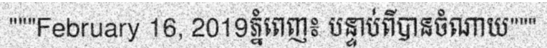
"""February 16, 2019ភ្នំពេញ៖ បន្ទាប់ពីបានចំណាយ"""